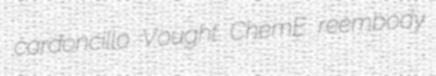
cardoncillo Vought ChemE reembody